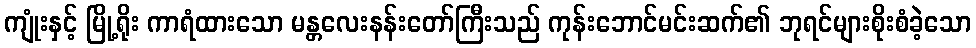
ကျုံးနှင့် မြို့ရိုး ကာရံထားသော မန္တလေးနန်းတော်ကြီးသည် ကုန်းဘောင်မင်းဆက်၏ ဘုရင်များစိုးစံခဲ့သော